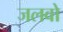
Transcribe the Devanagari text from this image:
जलवो